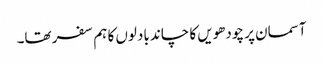
آسمان پر چودھویں کا چاند بادلوں کا ہم سفر تھا۔